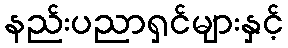
နည်းပညာရှင်များနှင့်